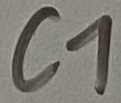
Text: C1